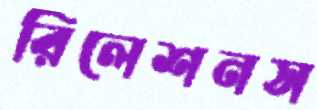
রিলেশনস